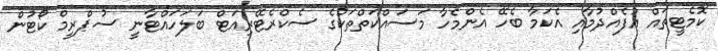
ކޮމެޓީތައް އުފެއްދުމާއި އެކަމާ ބެހޭ އެންމެހާ މަސައްކަތްތަކުގެ ސެކްރެޓޭރިއަޓް ބަލަހައްޓާނީ ސުޕްރީމް ކޯޓުން